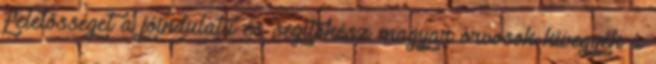
felelõsséget a jóindulatú és segítõkész magyar orvosok kivegyék a